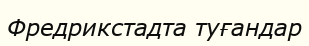
Фредрикстадта туғандар